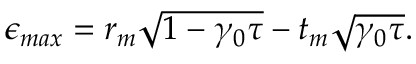
\begin{array} { r } { \epsilon _ { m a x } = r _ { m } \sqrt { 1 - \gamma _ { 0 } \tau } - t _ { m } \sqrt { \gamma _ { 0 } \tau } . } \end{array}